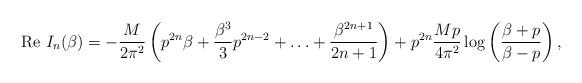
LaTeX: \begin{align*}{\rm Re} \, \, I_n(\beta)=-\frac{M}{2{\pi^2}}\left( p^{2n} \beta + \frac{\beta^3}{3}p^{2n-2} +\ldots +\frac{\beta^{2n+1}}{2n+1} \right)+{p^{2n}}\frac{Mp}{4{\pi^2}}\log\left(\frac{\beta +p}{\beta-p}\right),\end{align*}